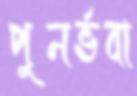
পুনর্ভবা